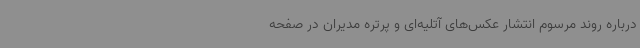
درباره روند مرسوم انتشار عکس‌های آتلیه‌ای و پرتره‌ مدیران در صفحه